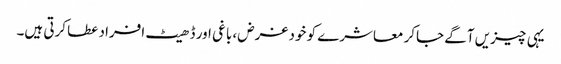
یہی چیزیں آگے جاکر معاشرے کو خود غرض، باغی اور ڈھیٹ افراد عطا کرتی ہیں۔